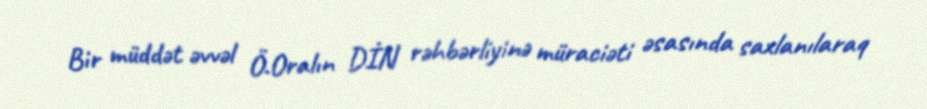
Bir müddət əvvəl Ö.Oralın DİN rəhbərliyinə müraciəti əsasında saxlanılaraq